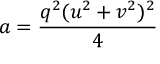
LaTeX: a = { \frac { q ^ { 2 } ( u ^ { 2 } + v ^ { 2 } ) ^ { 2 } } { 4 } }